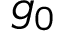
{ \mathfrak { g } } _ { 0 }